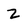
Character: z